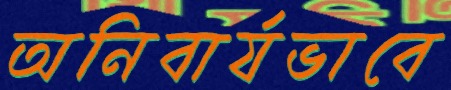
অনিবার্যভাবে